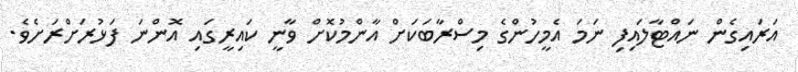
އަރައިގެން ނައްޓާލައިފި ނަމަ އެމީހުންގެ މިސްރާބަކަށް އާންމުކޮށް ވާނީ ކައިރީގައި އޮންނަ ފަޅުރަށްރަށެވެ.